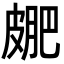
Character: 𭽮